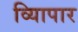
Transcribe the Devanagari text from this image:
व्यािपार